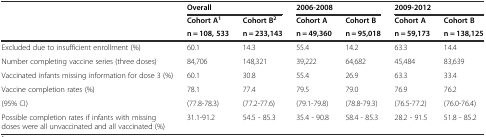
<table><thead><tr><td></td><td colspan="2"><b>Overall</b></td><td colspan="2"><b>2006-2008</b></td><td colspan="2"><b>2009-2012</b></td></tr><tr><td></td><td><b>Cohort A<sup>1</sup></b></td><td><b>Cohort B<sup>2</sup></b></td><td><b>Cohort A</b></td><td><b>Cohort B</b></td><td><b>Cohort A</b></td><td><b>Cohort B</b></td></tr><tr><td></td><td><b>n = 108, 533</b></td><td><b>n = 233,143</b></td><td><b>n = 49,360</b></td><td><b>n = 95,018</b></td><td><b>n = 59,173</b></td><td><b>n = 138,125</b></td></tr></thead><tbody><tr><td>Excluded due to insufficient enrollment (%)</td><td>60.1</td><td>14.3</td><td>55.4</td><td>14.2</td><td>63.3</td><td>14.4</td></tr><tr><td>Number completing vaccine series (three doses)</td><td>84,706</td><td>148,321</td><td>39,222</td><td>64,682</td><td>45,484</td><td>83,639</td></tr><tr><td>Vaccinated infants missing information for dose 3 (%)</td><td>60.1</td><td>30.8</td><td>55.4</td><td>26.9</td><td>63.3</td><td>33.4</td></tr><tr><td>Vaccine completion rates (%)</td><td>78.1</td><td>77.4</td><td>79.5</td><td>79.0</td><td>76.9</td><td>76.2</td></tr><tr><td>(95% CI)</td><td>(77.8-78.3)</td><td>(77.2-77.6)</td><td>(79.1-79.8)</td><td>(78.8-79.3)</td><td>(76.5-77.2)</td><td>(76.0-76.4)</td></tr><tr><td>Possible completion rates if infants with missing doses were all unvaccinated and all vaccinated (%)</td><td>31.1-91.2</td><td>54.5 - 85.3</td><td>35.4 - 90.8</td><td>58.4 - 85.3</td><td>28.2 - 91.5</td><td>51.8 - 85.2</td></tr></tbody></table>